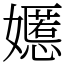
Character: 嬺